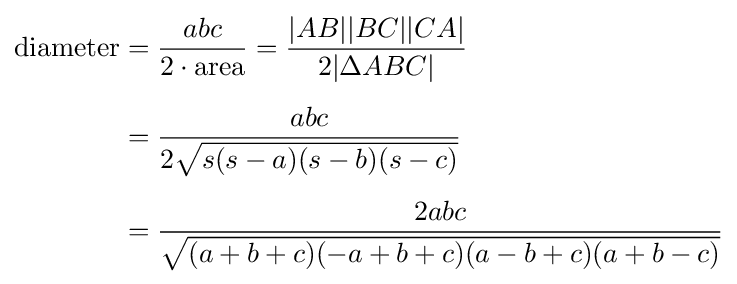
{\begin{aligned}{\text{diameter}}&{}={\frac {abc}{2\cdot {\text{area}}}}={\frac {|AB||BC||CA|}{2|\Delta ABC|}}\\[5pt]&{}={\frac {abc}{2{\sqrt {s(s-a)(s-b)(s-c)}}}}\\[5pt]&{}={\frac {2abc}{\sqrt {(a+b+c)(-a+b+c)(a-b+c)(a+b-c)}}}\end{aligned}}